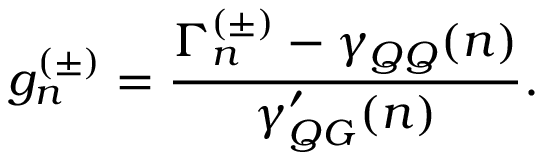
g _ { n } ^ { ( \pm ) } = \frac { \Gamma _ { n } ^ { ( \pm ) } - \gamma _ { Q Q } ( n ) } { \gamma _ { Q G } ^ { \prime } ( n ) } .